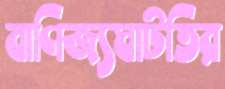
বাণিজ্যঘাটতির